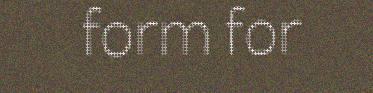
form for